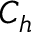
C _ { h }